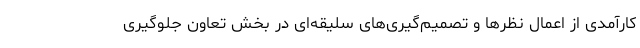
کارآمدی از اعمال نظرها و تصمیم‌گیری‌های سلیقه‌ای در بخش تعاون جلوگیری